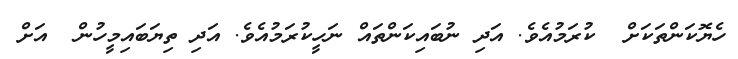
ހެޔޮކަންތަކަށް  ކުރަމުއެވެ. އަދި ނުބައިކަންތައް ނަހީކުރަމުއެވެ. އަދި ތިޔަބައިމީހުން  އަށް